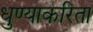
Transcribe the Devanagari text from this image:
धुण्याकरिता